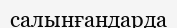
салынғандарда